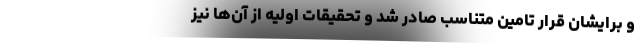
و برایشان قرار تامین متناسب صادر شد و تحقیقات اولیه از آن‌ها نیز